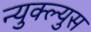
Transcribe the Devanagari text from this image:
न्युक्ल्युस